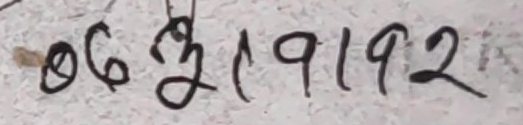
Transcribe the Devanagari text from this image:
06३19192